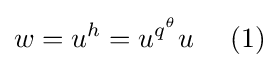
w=u^{h}=u^{q^{\theta }}u\ \ \ \ (1)